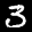
Label: 3